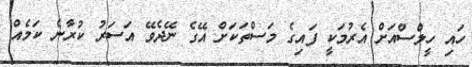
ހައި ހީލްސްއަށް އެރުމަކީ ފައިގެ މަސްތަކަށް އޭގެ ނޭދެވޭ އަސަރު ކުރާނެ ކަމެއް